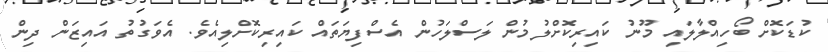
ކުޑަކޮށް ބޯހިއްލާލައި މޫނު ކައިރިކޮށްލުމުން ލަސްލަހުން އެސްފިޔަތައް ކައިރިކޮށްލިއެވެ. އެވަގުތު އައިޒަން ދިން